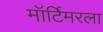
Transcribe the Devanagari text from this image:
मॉर्टिमरला